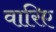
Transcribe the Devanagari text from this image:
वारिए